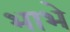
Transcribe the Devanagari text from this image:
भाभे